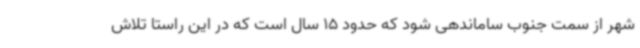
شهر از سمت جنوب ساماندهی شود که حدود 15 سال است که در این راستا تلاش